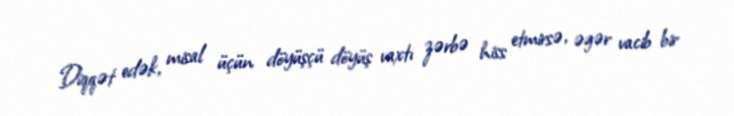
Diqqət edək, misal üçün döyüşçü döyüş vaxtı zərbə hiss etmirsə, əgər vacib bir